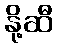
နို့ဆီ